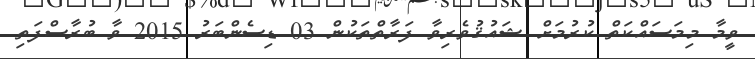
ވީމާ މިމަސައްކަތް ކުރުމަށް ޝައުޤުވެރިވާ ފަރާތްތަކުން 03 ޑިސެންބަރު 2015 ވާ ބުރާސްފަތި